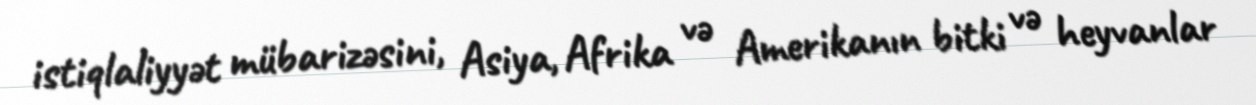
istiqlaliyyət mübarizəsini, Asiya, Afrika və Amerikanın bitki və heyvanlar